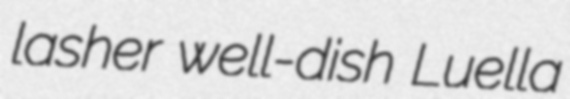
lasher well-dish Luella